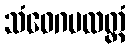
သံဝေဂမလတ္ထံ